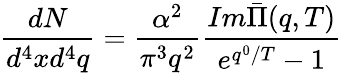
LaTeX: \frac{dN}{d^{4}xd^{4}q}=\frac{\alpha^{2}}{\pi^{3}q^{2}}\frac{Im\bar{\Pi}(q,T)}{e^{q^{0}/T}-1}